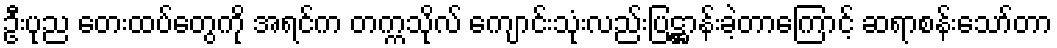
ဦးပုည တေးထပ်တွေကို အရင်က တက္ကသိုလ် ကျောင်းသုံးလည်းပြဋ္ဌာန်းခဲ့တာကြောင့် ဆရာစန်းသော်တာ